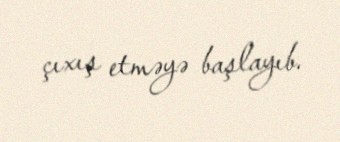
çıxış etməyə başlayıb.